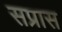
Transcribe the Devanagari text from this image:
सप्रास